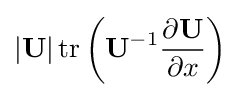
|\mathbf {U} |\operatorname {tr} \left(\mathbf {U} ^{-1}{\frac {\partial \mathbf {U} }{\partial x}}\right)